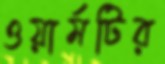
ওয়ার্মটির